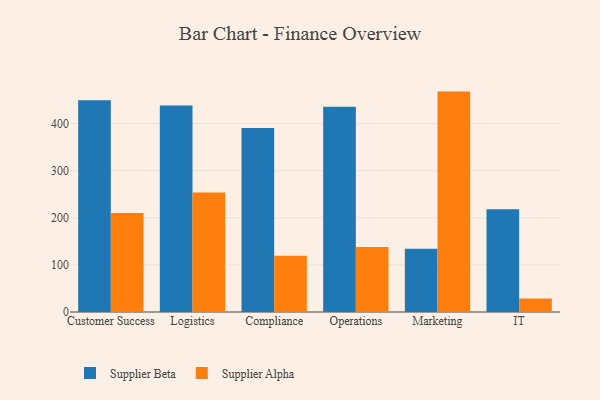
{"axis": {"x": "Department", "y": "Churn Rate (%)"}, "legend": ["Supplier Alpha", "Supplier Beta"], "data": [{"x": "Customer Success", "y": 449.8, "type": "Supplier Beta"}, {"x": "Customer Success", "y": 210.2, "type": "Supplier Alpha"}, {"x": "Logistics", "y": 438.2, "type": "Supplier Beta"}, {"x": "Logistics", "y": 253.5, "type": "Supplier Alpha"}, {"x": "Compliance", "y": 390.8, "type": "Supplier Beta"}, {"x": "Compliance", "y": 119.2, "type": "Supplier Alpha"}, {"x": "Operations", "y": 436.0, "type": "Supplier Beta"}, {"x": "Operations", "y": 138.0, "type": "Supplier Alpha"}, {"x": "Marketing", "y": 134.3, "type": "Supplier Beta"}, {"x": "Marketing", "y": 467.9, "type": "Supplier Alpha"}, {"x": "IT", "y": 217.9, "type": "Supplier Beta"}, {"x": "IT", "y": 28.5, "type": "Supplier Alpha"}]}